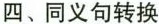
四、同义句转换